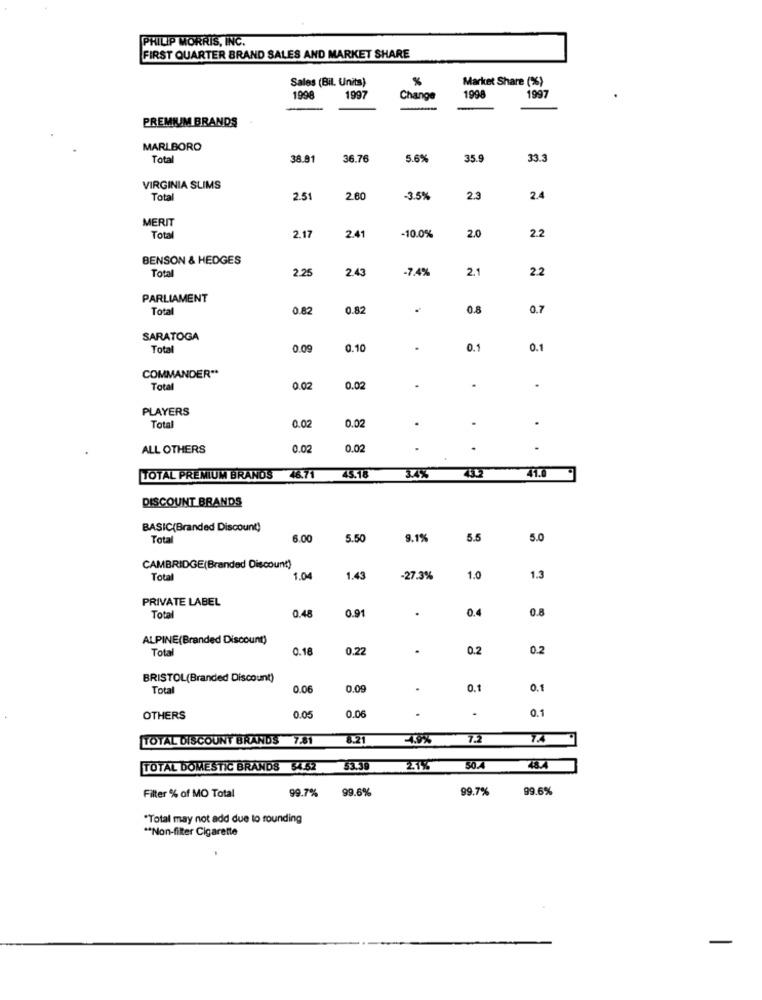
PHILIP MORRIS, INC.
FIRST QUARTER BRAND SALES AND MARKET SHARE
Sales (Bil. Units)
Market Share (%)
1998
1997
Change
1998
1997
PREMIUM BRANDS
MARLBORO
Tota
38.81
36.76
5.6%
35.9
33.3
VIRGINIA SLIMS
Tota
2.51
2.60
3.5%
2.3
2.4
MERIT
2.2
Tota
2.17
2.41
-10.0%
2.0
BENSON & HEDGES
Tota
2.25
2.43
-7.4%
2.1
2.2
PARLIAMENT
Tota
0.82
0.82
0.6
0.7
SARATOGA
Tota
0.09
.10
.
0.1
0.1
COMMANDER **
Tota
0.02
0.02
.
.
PLAYERS
0.02
Tota
0.02
.
ALL OTHERS
0.0
0.02
TOTAL PREMIUM BRANDS 46.71
45.18
3.4%
4542
41.0
DISCOUNT BRANDS
BASIC(Branded Discount)
Total
6.00
5.50
9.1%
5.5
5.0
CAMBRIDGE(Branded Discount)
Tota
1.04
1.43
-27.3%
1.0
1.3
PRIVATE LABEL
0.48
0.91
0.4
0.8
Tota
ALPINE(Branded Discount)
Total
0.18
0.22
.
0.2
0.2
BRISTOL(Branded Discount)
Total
0.06
0.09
0.1
0.1
0.06
.
0.1
OTHERS
0.05
TOTAL DISCOUNT BRANDS 7.81
8.21
7.2
74
TOTAL DOMESTIC BRANDS 54.62
53.39
231%
50.4
Filter % of MO Total
99.7%
99.6%
99.7%
99.6%
"Total may not add due to rounding
** Non-filter Cigarette